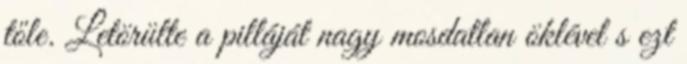
tőle. Letörülte a pilláját nagy mosdatlan öklével s ezt